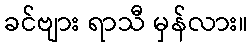
ခင်ဗျား ရာသီ မှန်လား။